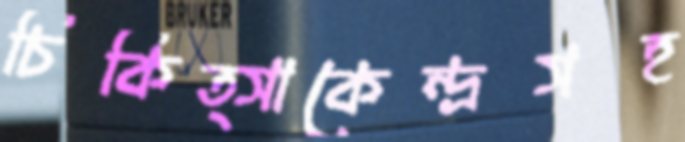
চিকিত্সাকেন্দ্রসহ